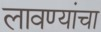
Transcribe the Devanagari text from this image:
लावण्यांचा